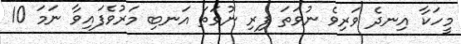
މީހަކާ އިނދެ ވަރިވެ ނުވަތަ ފިރި ނުވަތަ އަނބި މަރުވެފައިވާ ނަމަ 10